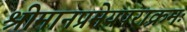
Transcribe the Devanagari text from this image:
श्रीमानप्रमेयपराक्रमः